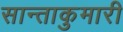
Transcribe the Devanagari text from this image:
सान्ताकुमारी